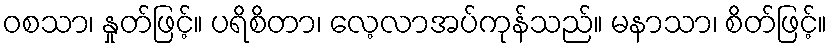
ဝစသာ၊ နှုတ်ဖြင့်။ ပရိစိတာ၊ လေ့လာအပ်ကုန်သည်။ မနာသာ၊ စိတ်ဖြင့်။